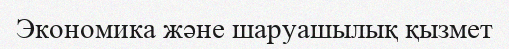
Экономика және шаруашылық қызмет